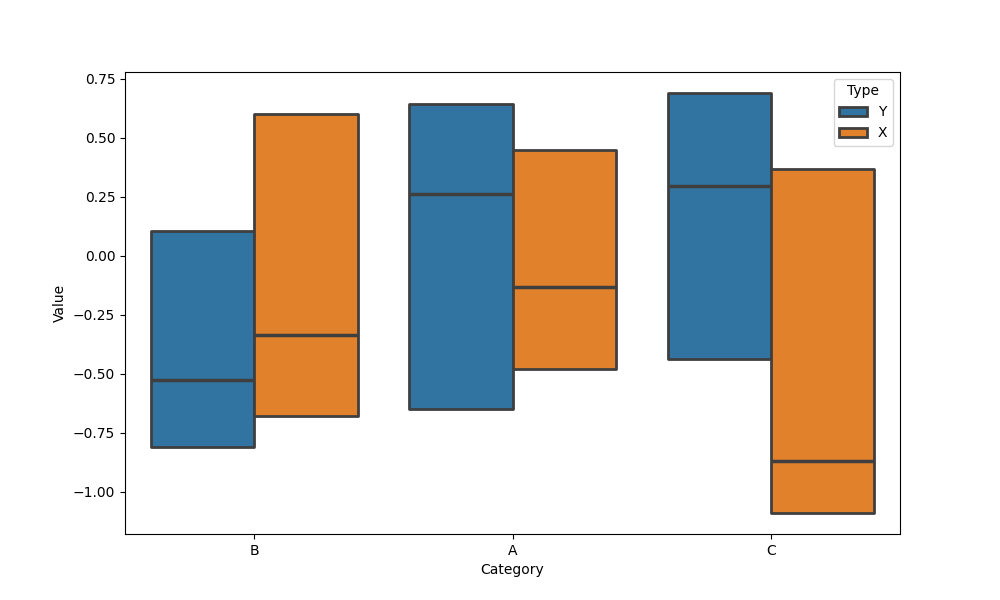
python, seaborn, boxenplot, k_depth='tukey', linewidth=2, scale='exponential', outlier_prop=0.1, showfliers=False